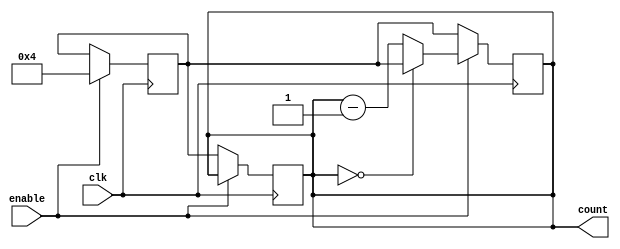
module ModuloN_Down_Counter (
    input clk,
    input enable,
    output reg [N-1:0] count
    );

parameter N = 4; // specify modulo-N value
reg [N-1:0] reload_value;

always @(posedge clk) begin
    if (enable) begin
        if (count == 0) begin
            count <= reload_value;
        end
        else begin
            count <= count - 1;
        end
    end
    else begin
        count <= reload_value;
    end
end

always @(posedge clk) begin
    if (!enable) begin
        count <= reload_value;
    end
end

always @(posedge clk) begin
    if (enable) begin
        reload_value <= N;
    end
end

endmodule